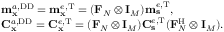
\begin{array} { r l } & { \mathbf { m } _ { \mathbf { x } } ^ { a , \mathrm { D D } } = \mathbf { m } _ { \mathbf { x } } ^ { e , \mathrm { T } } = ( \mathbf { F } _ { N } \otimes \mathbf { I } _ { M } ) \mathbf { m } _ { \mathbf { s } } ^ { e , \mathrm { T } } , } \\ & { \mathbf { C } _ { \mathbf { x } } ^ { a , \mathrm { D D } } = \mathbf { C } _ { \mathbf { x } } ^ { e , \mathrm { T } } = ( \mathbf { F } _ { N } \otimes \mathbf { I } _ { M } ) \mathbf { C } _ { \mathbf { s } } ^ { e , \mathrm { T } } ( \mathbf { F } _ { N } ^ { \mathrm { H } } \otimes \mathbf { I } _ { M } ) . } \end{array}